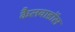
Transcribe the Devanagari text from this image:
कैलवाडॉस